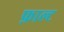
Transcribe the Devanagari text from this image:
फ़ाल्ट